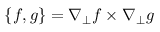
\left\{ f , g \right\} = \nabla _ { \perp } f \times \nabla _ { \perp } g